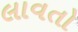
લાવતો